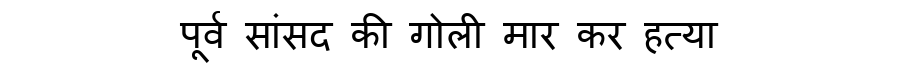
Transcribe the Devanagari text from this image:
पूर्व सांसद की गोली मार कर हत्या